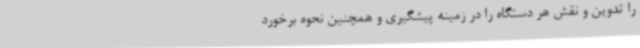
را تدوین و نقش هر دستگاه را در زمینه پیشگیری و همچنین نحوه برخورد